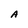
Character: A